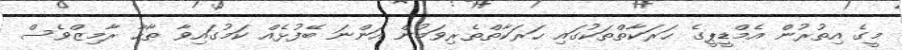
މީގެ އިތުރުން އެމްޑީޕީގެ ޙަރަކާތްތަކުގައި ޙަރަކާތްތެރިވަމުން އަންނަ ބޭފުޅެއް ކަމުގައިވާ ޠާހާ ރާމިޒްވެސް